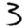
Digit: 3